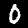
Digit: 0